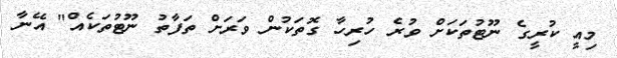
މިއީ ކުރީގެ ނޫޓުތަކަށް ވުރެ ހުރިހާ ގޮތަކުން ވަރަށް ތަފާތު ނޫޓުތަކެއް" އޭނާ